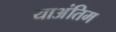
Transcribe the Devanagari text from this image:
याअंतिम